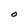
Character: O